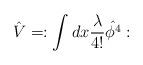
LaTeX: \begin{align*}\hat{V} = :\int dx \frac{\lambda}{4!} \hat{\phi^4}:\end{align*}